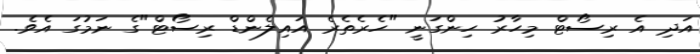
އަދި އެ ރިސޯޓް މިހާރު ހިންގަނީ "ހެރެތެރެ އައިލެންޑް ރިސޯޓް"ގެ ނަމުގަ އެވެ.